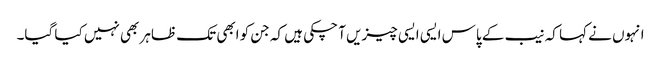
انہوں نے کہا کہ نیب کے پاس ایسی ایسی چیزیں آ چکی ہیں کہ جن کو ابھی تک ظاہر بھی نہیں کیا گیا۔